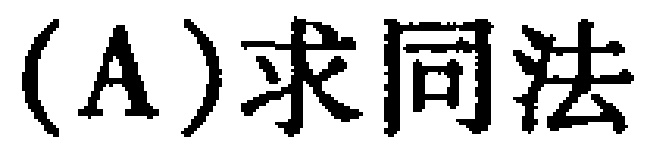
(A)求同法